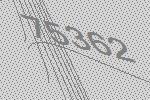
75362